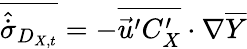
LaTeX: \overline{{\hat{\dot{\sigma}}_{D_{X,t}}}}=-\overline{{\vec{u}^{\prime}C_{X}^{\prime}}}\cdot\nabla\overline{{Y}}